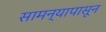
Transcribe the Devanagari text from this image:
सामन्यापासून